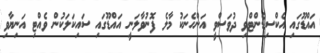
އައްޑޫގައި އެކްސިޑެންޓްވި ދުވަސްވީ އަންހެނަކު މާލެ ފޮނުވާލަނީ އައްޑޫގައި ސައިކަލަކުން ވެއްޓި އަނިޔާވި